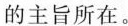
主旨所在。